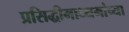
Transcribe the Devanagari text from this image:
प्रसिद्धीमाध्यमांच्या